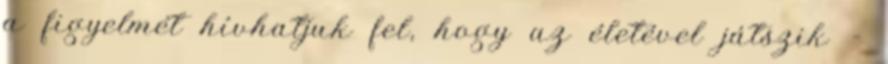
a figyelmét hívhatjuk fel, hogy az életével játszik –